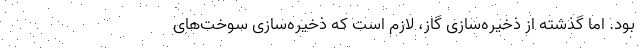
بود. اما گذشته از ذخیره‌سازی گاز، لازم است که ذخیره‌سازی سوخت‌های